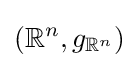
\left(\mathbb {R} ^{n},g_{\mathbb {R} ^{n}}\right)